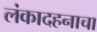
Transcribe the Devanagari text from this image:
लंकादहनाचा